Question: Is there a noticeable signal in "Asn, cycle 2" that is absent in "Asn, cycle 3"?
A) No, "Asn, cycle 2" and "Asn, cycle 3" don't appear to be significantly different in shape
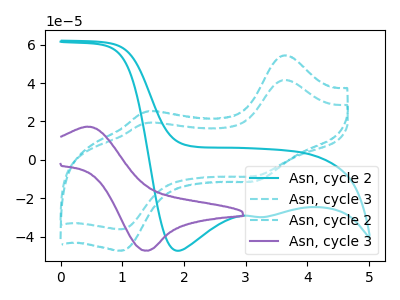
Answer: <think>The cyan curve "Asn, cycle 2" has cathodic peaks at (1.90V, -47.35uA) (3.20V, -29.75uA). The cyan dashed curve "Asn, cycle 3" has anodic peaks at (3.65V, 41.60uA) (1.40V, 19.20uA) and cathodic peaks at (3.15V, -8.35uA) (1.00V, -36.15uA). The cyan dashed curve "Asn, cycle 2" has anodic peaks at (3.65V, 54.45uA) (1.40V, 25.10uA) and cathodic peaks at (3.15V, -10.90uA) (1.00V, -47.30uA). The purple curve "Asn, cycle 3" has an anodic peak at (0.45V, 17.30uA) and a cathodic peak at (1.40V, -47.35uA).
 All the peaks in "Asn, cycle 2" have a peak in "Asn, cycle 3" at the same potential. Every peak in "Asn, cycle 2" is higher than every peak in "Asn, cycle 3".</think>
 <answer>A) No, "Asn, cycle 2" and "Asn, cycle 3" don't appear to be significantly different in shape</answer>
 <eval>A</eval>